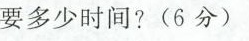
要多少时间?(6分)